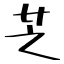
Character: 芝